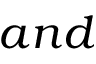
a n d